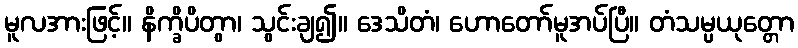
မူလအားဖြင့်။ နိက္ခိပိတွာ၊ သွင်းချ၍။ ဒေသိတံ၊ ဟောတော်မူအပ်ပြီ။ တံသမ္ပယုတ္တော